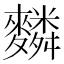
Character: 𪍴